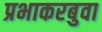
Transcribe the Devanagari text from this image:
प्रभाकरबुवा